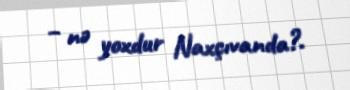
– nə yoxdur Naxçıvanda?.